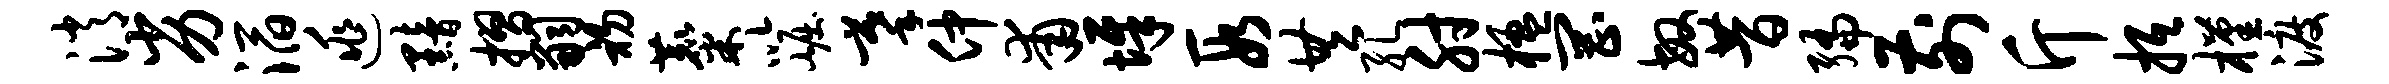
消劣滔逃黯摺嗣初麋以崛摹仲甫墀段共孔肘楹罔敏昔编前斤抵槿渡